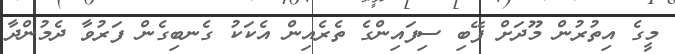
މީގެ އިތުރުން މޫދަށް ފޭބި ސިފައިންގެ ތެރެއިން އެކަކު ގެނބިގެން ފަރުވާ ދެމުންދާ